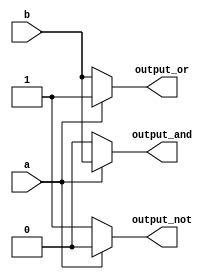
`timescale 1ns / 1ps
//////////////////////////////////////////////////////////////////////////////////
// Company: 
// Engineer: 
// 
// Design Name: 
// Module Name: relization_mux_2x1
// Project Name: 
// Target Devices: 
// Tool Versions: 
// Description: 
// 
// Dependencies: 
// 
// Revision:
// Revision 0.01 - File Created
// Additional Comments:
// 
//////////////////////////////////////////////////////////////////////////////////


module relization_mux_2x1(a,b,output_and,output_or,output_not);
   input a,b;
   output output_and,output_or,output_not;
   //we use reg to store the output values
   reg output_and,output_or,output_not;
always @(a,b)
     begin
     //we will use a as the select line.
     //Use if-else: as we have only two possibiles either 0 or 1
       if(a==1'b0)
         begin
           output_and = 1'b0;
           output_or = b;
           output_not = 1'b1;
         end
     //else block will be executed when a=1'b1 i.e., 1.
       else
         begin
            output_and = b;
            output_or = 1'b1;
            output_not = 1'b0;
         end
  end
endmodule